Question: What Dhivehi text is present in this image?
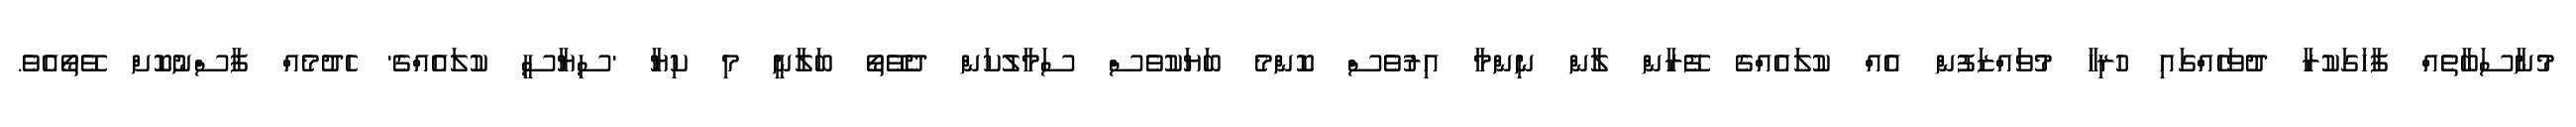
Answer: މުނާސަބާތެއް ފާހަގަކުރާ ދުވަހެއްގައި ހުރިހާ މުވައްޒަފުން އެއް ކުލައެއްގެ ފޭރާން ލާން ނިންމާ އިރުވެސް ކޮންމެ ބަޔަކުވެސް ސަމާލުކަން ދެވޭތޯ ބަލާނީ މި ކިޔާ 'ސިޔާސީ ކުލައެއްގެ' ހެދުމެއް ފާސްނުކޮށް ވޭތޯއެވެ.